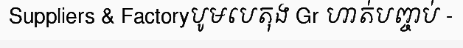
Suppliers & Factoryបូមបេតុង Gr ហាត់បញ្ចប់ -